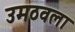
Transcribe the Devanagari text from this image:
उमठवला